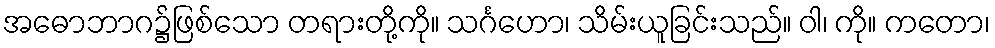
အဓောဘာဂ၌ဖြစ်သော တရားတို့ကို။ သင်္ဂဟော၊ သိမ်းယူခြင်းသည်။ ဝါ၊ ကို။ ကတော၊